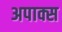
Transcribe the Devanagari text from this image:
अपाक्स